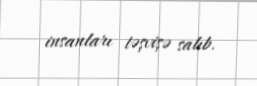
insanları təşvişə salıb.